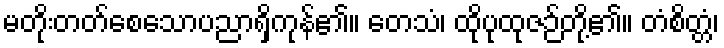
မတိုးတတ်စေသောပညာရှိကုန်၏။ တေသံ၊ ထိုပုထုဇဉ်တို့၏။ တံစိတ္တံ၊